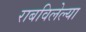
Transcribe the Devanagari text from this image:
राबविलेल्या